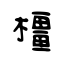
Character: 橿